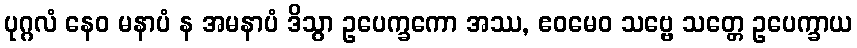
ပုဂ္ဂလံ နေဝ မနာပံ န အမနာပံ ဒိသွာ ဥပေက္ခကော အဿ, ဧဝမေဝ သဗ္ဗေ သတ္တေ ဥပေက္ခာယ